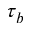
\tau _ { b }